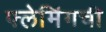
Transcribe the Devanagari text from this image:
फ्लेमिंगची